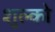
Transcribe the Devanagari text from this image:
शुल्को